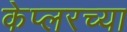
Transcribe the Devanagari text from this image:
केप्लरच्या